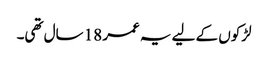
لڑکوں کے لیے یہ عمر 18 سال تھی۔